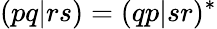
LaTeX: (pq|rs)=(qp|sr)^{*}